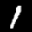
Label: 1